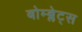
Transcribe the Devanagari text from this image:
बोम्ब्लेट्स